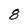
Character: 8